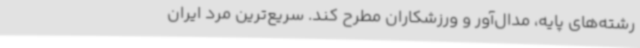
رشته‌های پایه، مدال‌آور و ورزشکاران مطرح کند. سریع‌ترین مرد ایران